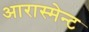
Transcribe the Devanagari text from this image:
आरास्मेन्ट